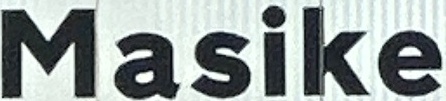
Masike